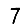
Digit: 7